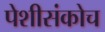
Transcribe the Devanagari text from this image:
पेशीसंकोच